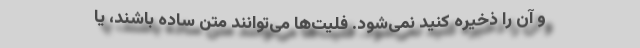
و آن را ذخیره کنید نمی‌شود. فلیت‌ها می‌توانند متن ساده باشند، یا